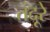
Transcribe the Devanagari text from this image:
तंदूरे